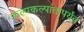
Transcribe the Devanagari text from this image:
कल्पकल्पांतापर्यंत